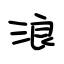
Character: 浪